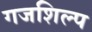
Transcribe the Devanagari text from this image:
गजशिल्प